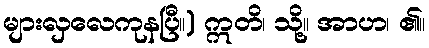
များလှလေကုနပြီ။) ဣတိ၊ သို့။ အာဟ၊ ၏။